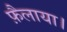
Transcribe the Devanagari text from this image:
फ़ैलाया।